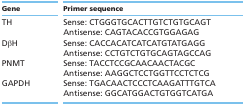
<table><thead><tr><td><b>Gene</b></td><td><b>Primer sequence</b></td></tr></thead><tbody><tr><td>TH</td><td>Sense: CTGGGTGCACTTGTCTGTGCAGT</td></tr><tr><td></td><td>Antisense: CAGTACACCGTGGAGAG</td></tr><tr><td>DβH</td><td>Sense: CACCACATCATCATGTATGAGG</td></tr><tr><td></td><td>Antisense: CCTGTCTGTGCAGTAGCCAG</td></tr><tr><td>PNMT</td><td>Sense: TACCTCCGCAACAACTACGC</td></tr><tr><td></td><td>Antisense: AAGGCTCCTGGTTCCTCTCG</td></tr><tr><td>GAPDH</td><td>Sense: TGACAACTCCCTCAAGATTTGTCA</td></tr><tr><td></td><td>Antisense: GGCATGGACTGTGGTCATGA</td></tr></tbody></table>